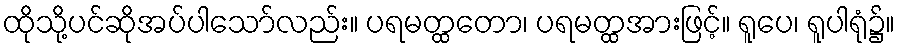
ထိုသို့ပင်ဆိုအပ်ပါသော်လည်း။ ပရမတ္ထတော၊ ပရမတ္ထအားဖြင့်။ ရူပေ၊ ရူပါရုံ၌။